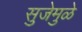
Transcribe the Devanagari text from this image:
सुजेमुळे